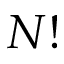
N !